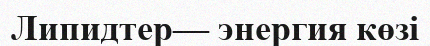
Липидтер— энергия көзі